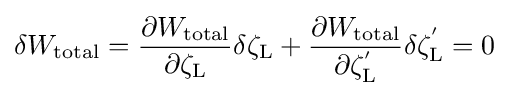
{\delta W_{\text{total}}}={{\partial W_{\text{total}}} \over {\partial {\zeta _{\text{L}}}}}\delta \zeta _{\text{L}}+{{\partial W_{\text{total}}} \over {\partial \zeta _{\text{L}}^{'}}}\delta \zeta _{\text{L}}^{'}=0